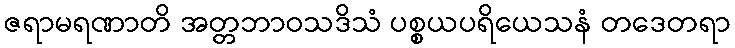
ဇရာမရဏာတိ အတ္တဘာဝသဒိသံ ပစ္စယပရိယေသနံ တဒေတရာ